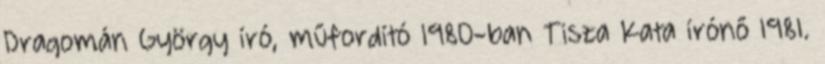
Dragomán György író, műfordító 1980-ban Tisza Kata írónő 1981.